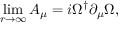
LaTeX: \operatorname * { l i m } _ { r \rightarrow \infty } A _ { \mu } = i \Omega ^ { \dagger } \partial _ { \mu } \Omega ,